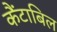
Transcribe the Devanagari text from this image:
कैंटाबिल